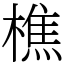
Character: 樵